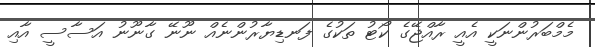
މެމްބަރުންނަކީ އެއީ ރާއްޖޭގެ ކޯޓު ތަކުގެ ފަނޑިޔާރުންނެއް ނޫނޭ ގާނޫނު އަސާސީ އާއި